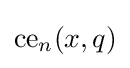
{\text{ce}}_{n}(x,q)